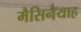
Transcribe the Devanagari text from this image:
मैसिनेयाह